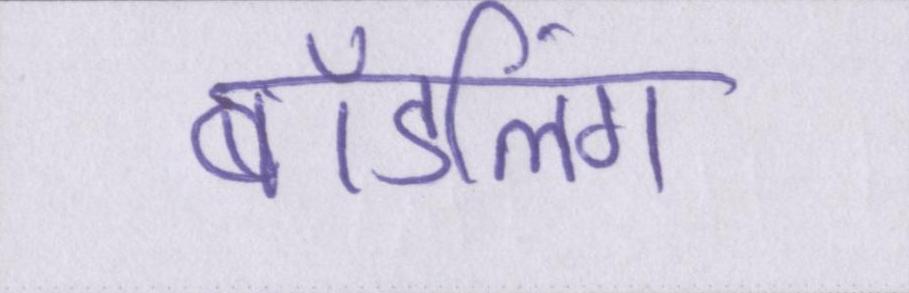
बॉडलिंग